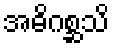
အဓိဂစ္ဆသိ